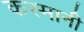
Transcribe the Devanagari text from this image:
कस्मानी